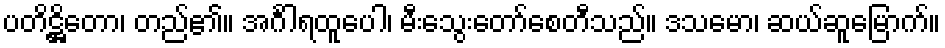
ပတိဋ္ဌိတော၊ တည်၏။ အင်္ဂါရထူပေါ၊ မီးသွေးတော်စေတီသည်။ ဒသမော၊ ဆယ်ဆူမြောက်။